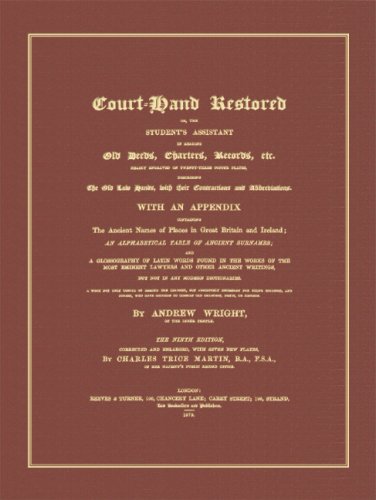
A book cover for Court-hand Restored: Or, The Student's Assistant In Reading Old Deeds, Charters, Records, Etc.; Andrew Wright; Law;